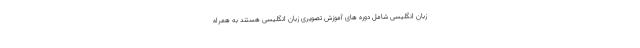
زبان انگلیسی شامل دوره های آموزش تصویری زبان انگلیسی هستند به همراه